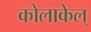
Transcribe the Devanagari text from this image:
कोलाकेल्